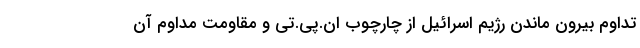
تداوم بیرون ماندن رژیم اسرائیل از چارچوب ان.پی.تی و مقاومت مداوم آن